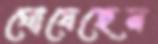
ঘোষেছেন